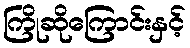
ကြိုဆိုကြောင်းနှင့်